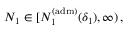
N _ { 1 } \in [ N _ { 1 } ^ { \mathrm { ( a d m ) } } ( \delta _ { 1 } ) , \infty ) \, ,